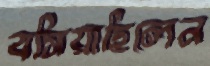
বসিয়াছিলেন